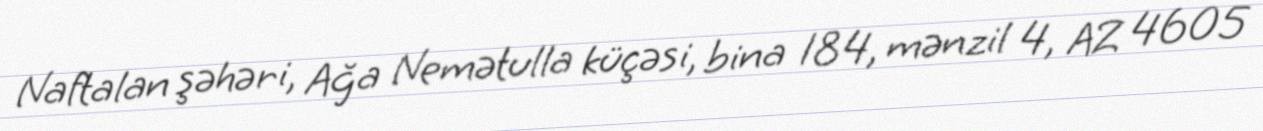
Naftalan şəhəri, Ağa Nemətulla küçəsi, bina 184, mənzil 4, AZ 4605